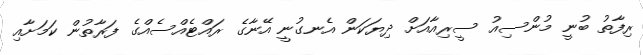
ރިފާތު ބުނީ މުންސިއު ސީރިއާއަށް ދިޔަކަން އެނގުނީ އޭނާގެ ރައްޓެއްސެއްގެ ފަރާތުން ކަމަށާއި